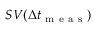
S V ( \Delta t _ { \mathrm { ~ m ~ e ~ a ~ s ~ } } )